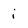
Character: i